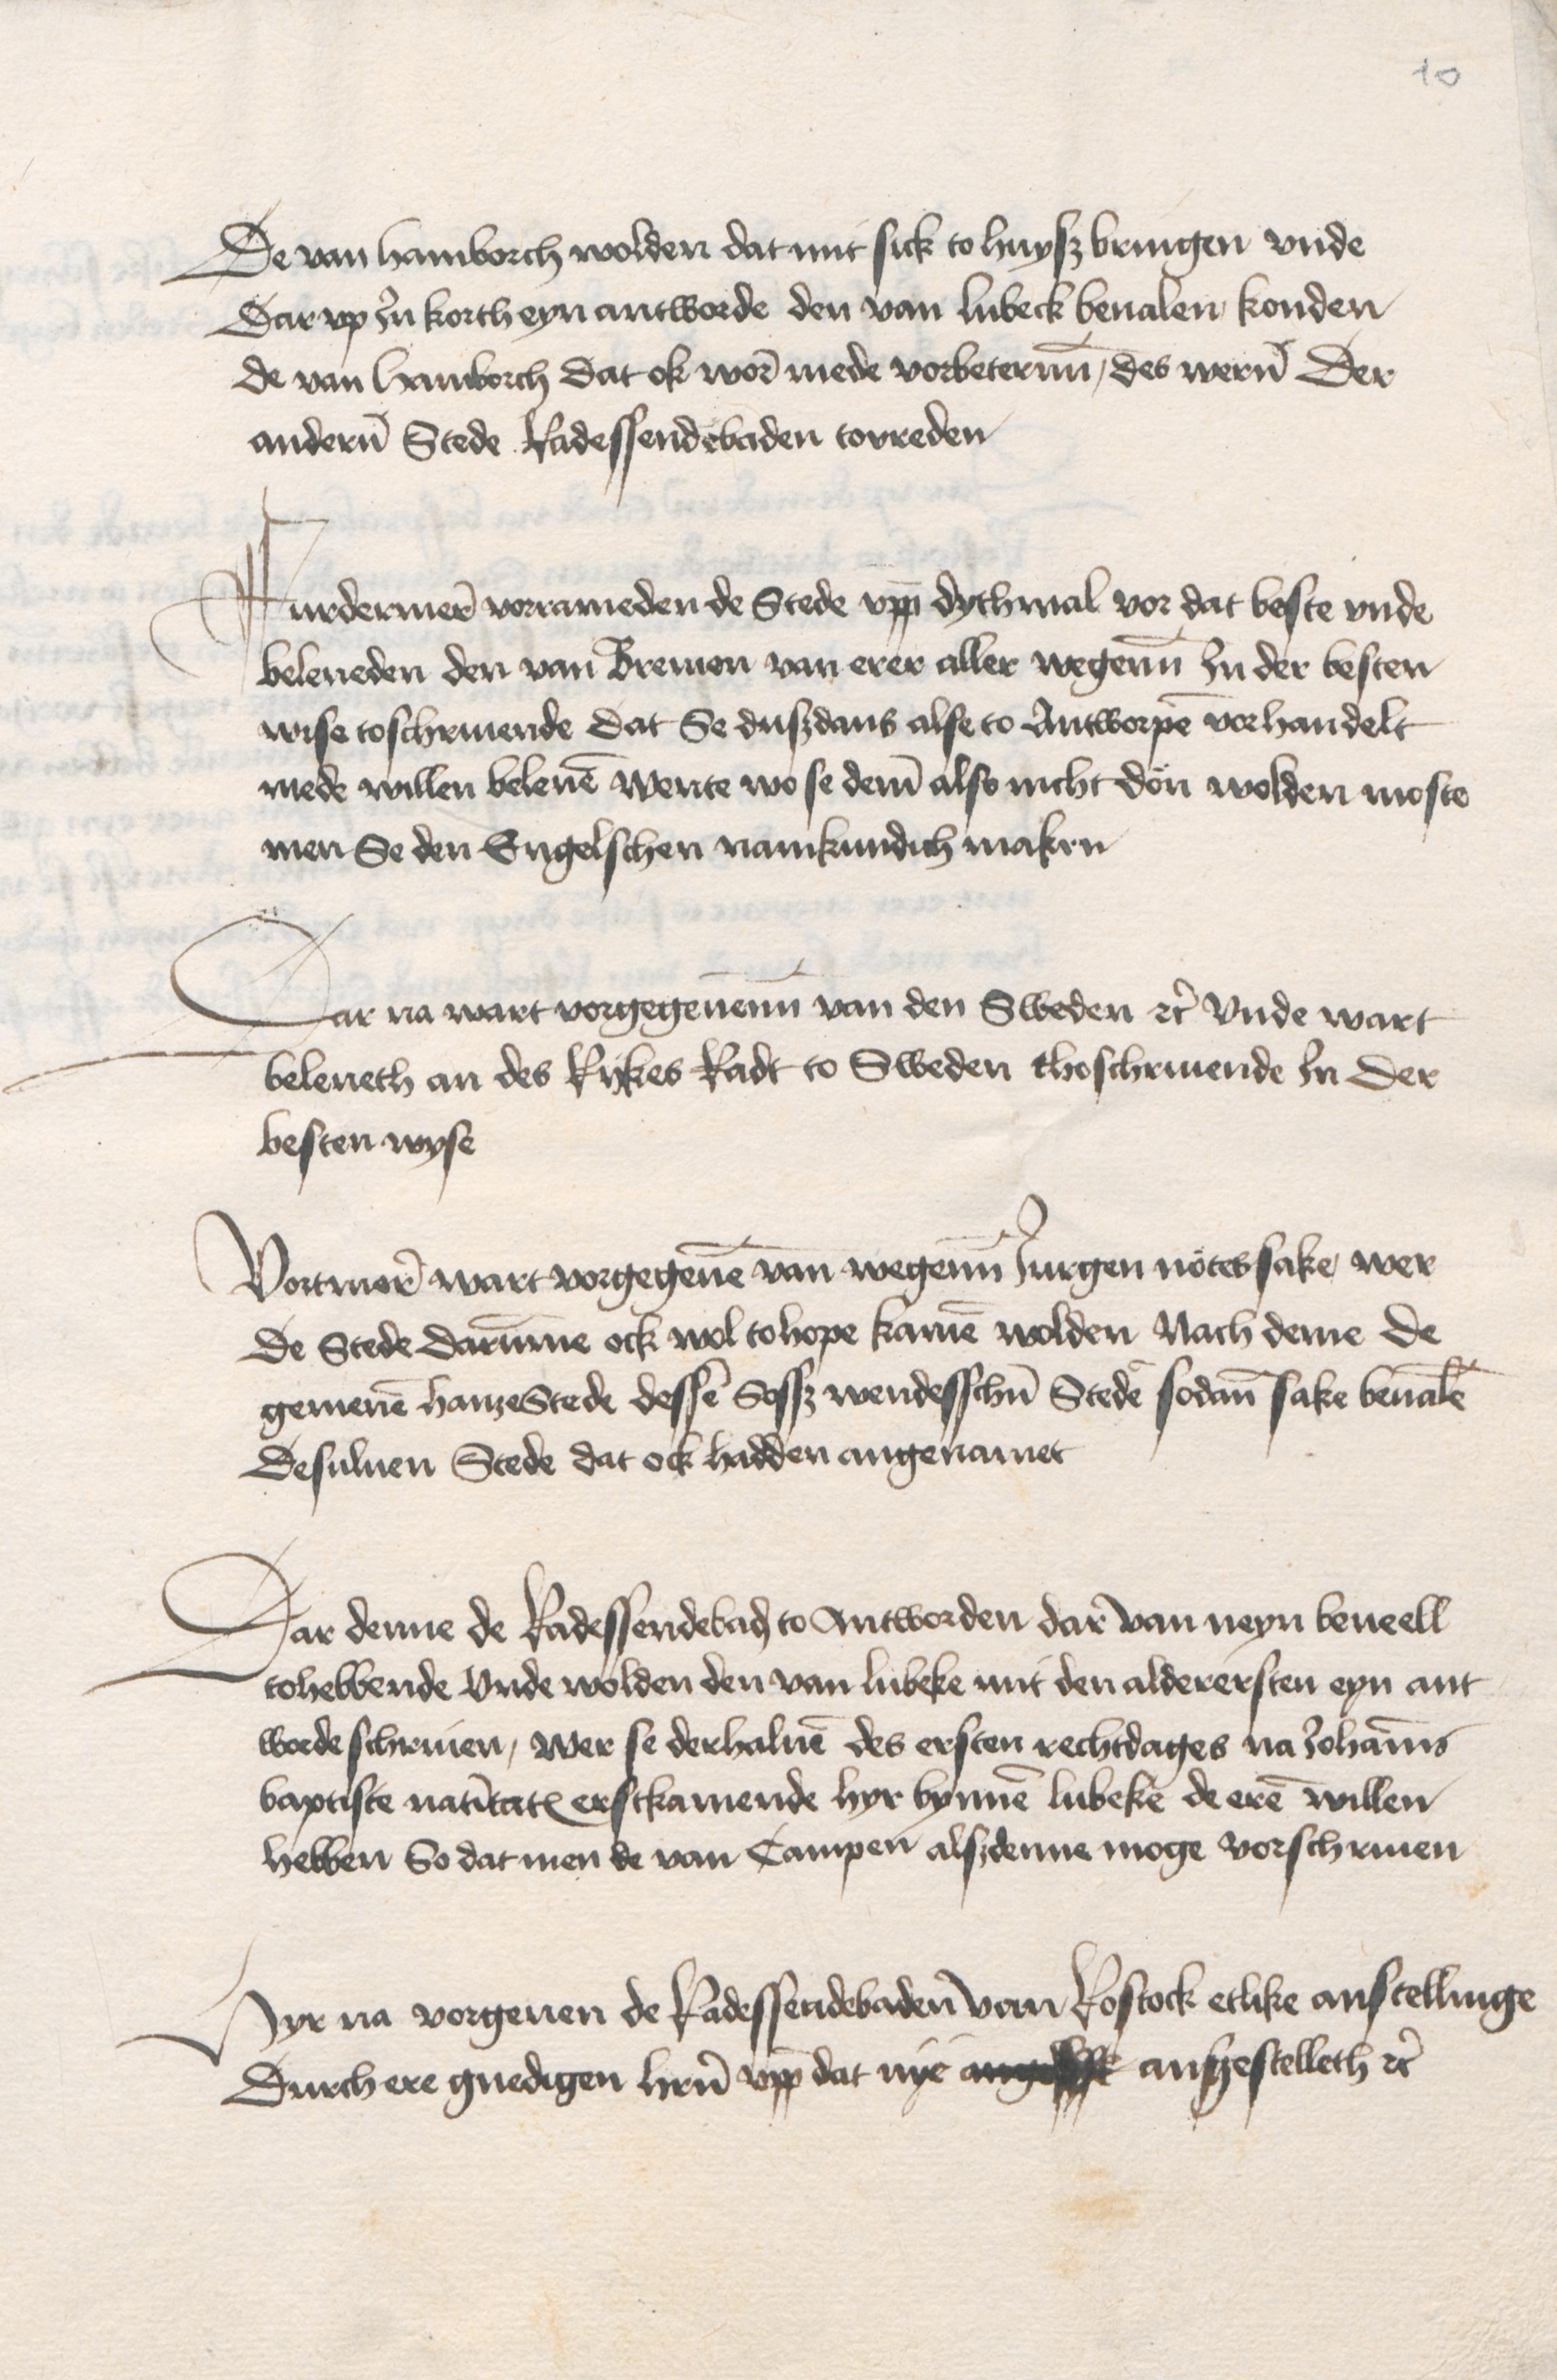
De van Hamborch wolden dat mit sick to huysz bringen vnde
Dar vp Jn korth eyn antworde den van Lubeck beualen konden
de van Hamborch dat ok wore mede vorbeterenn, des weren Der
anderen Stede Radessendebaden tovreden

Furdermere vorrameden de Stede vppe dythmal vor dat beste vnde
beleueden den van Bremen van erer aller wegenn Jn der besten
wise toschriuende dat Se duszdans alse to Antworpen vorhandelt
mede willen beleuen Wente wo se deme also nicht don wolden moste
men Se den Engelschen namkundich maken

Dar na wart vorgegeuenn van den Sweden etc vnde wart
beleueth an des Rykes Radt to Sweden thoschriuende Jn Der
besten wyse

Vortmere wart vorgegeuen van wegenen Jurgen Notes sake, wer
de Stede darumme ock wol tohope kamen wolden Nach deme de
gemenen hanzeStede dessen Sosz wendesschen Steden sodane sake beualen
Desuluen Stede dat ock hadden angenamet

Dar denne de Radessendebaden to Antworden dar van neyn beueell
tohebbende vnde wolden den van Lubeke mit den alderersten eyn ant¬
worde schriuen, wer se derhaluen des ersten rechtdages na Johannis
baptiste natiuitatis erstkamende hyr bynnen Lubeke de eren willen
hebben So dat men de van Campen alszdenne moge vorschriuen

Hyr na vorgeuen de Radessendebaden van Rostock etlike anstellinge
Durch ere gnedigen heren vppe dat nye angefft ansgestelleth etc